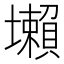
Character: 𡓒